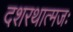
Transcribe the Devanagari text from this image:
दशरथात्मजः